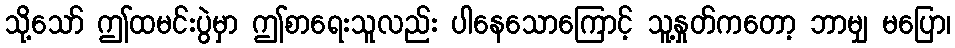
သို့သော် ဤထမင်းပွဲမှာ ဤစာရေးသူလည်း ပါနေသောကြောင့် သူ့နှုတ်ကတော့ ဘာမျှ မပြော၊